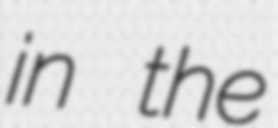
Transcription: in the